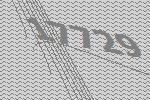
17729